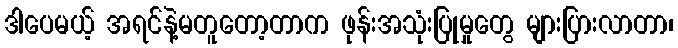
ဒါပေမယ့် အရင်နဲ့မတူတော့တာက ဖုန်းအသုံးပြုမှုတွေ များပြားလာတာ၊